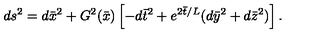
d s ^ { 2 } = d { \bar { x } } ^ { 2 } + G ^ { 2 } ( { \bar { x } } ) \left[ - d { \bar { t } } ^ { 2 } + e ^ { 2 { \bar { t } } / L } ( d { \bar { y } } ^ { 2 } + d { \bar { z } } ^ { 2 } ) \right] .